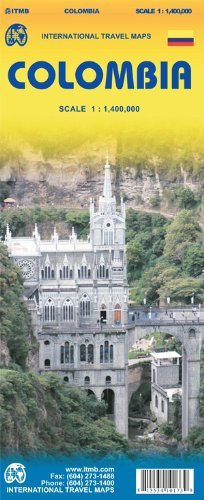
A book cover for Colombia 1:1,400,000 Travel Map with city plans, 2012 edition, ITMB; ITMB Canada; Travel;